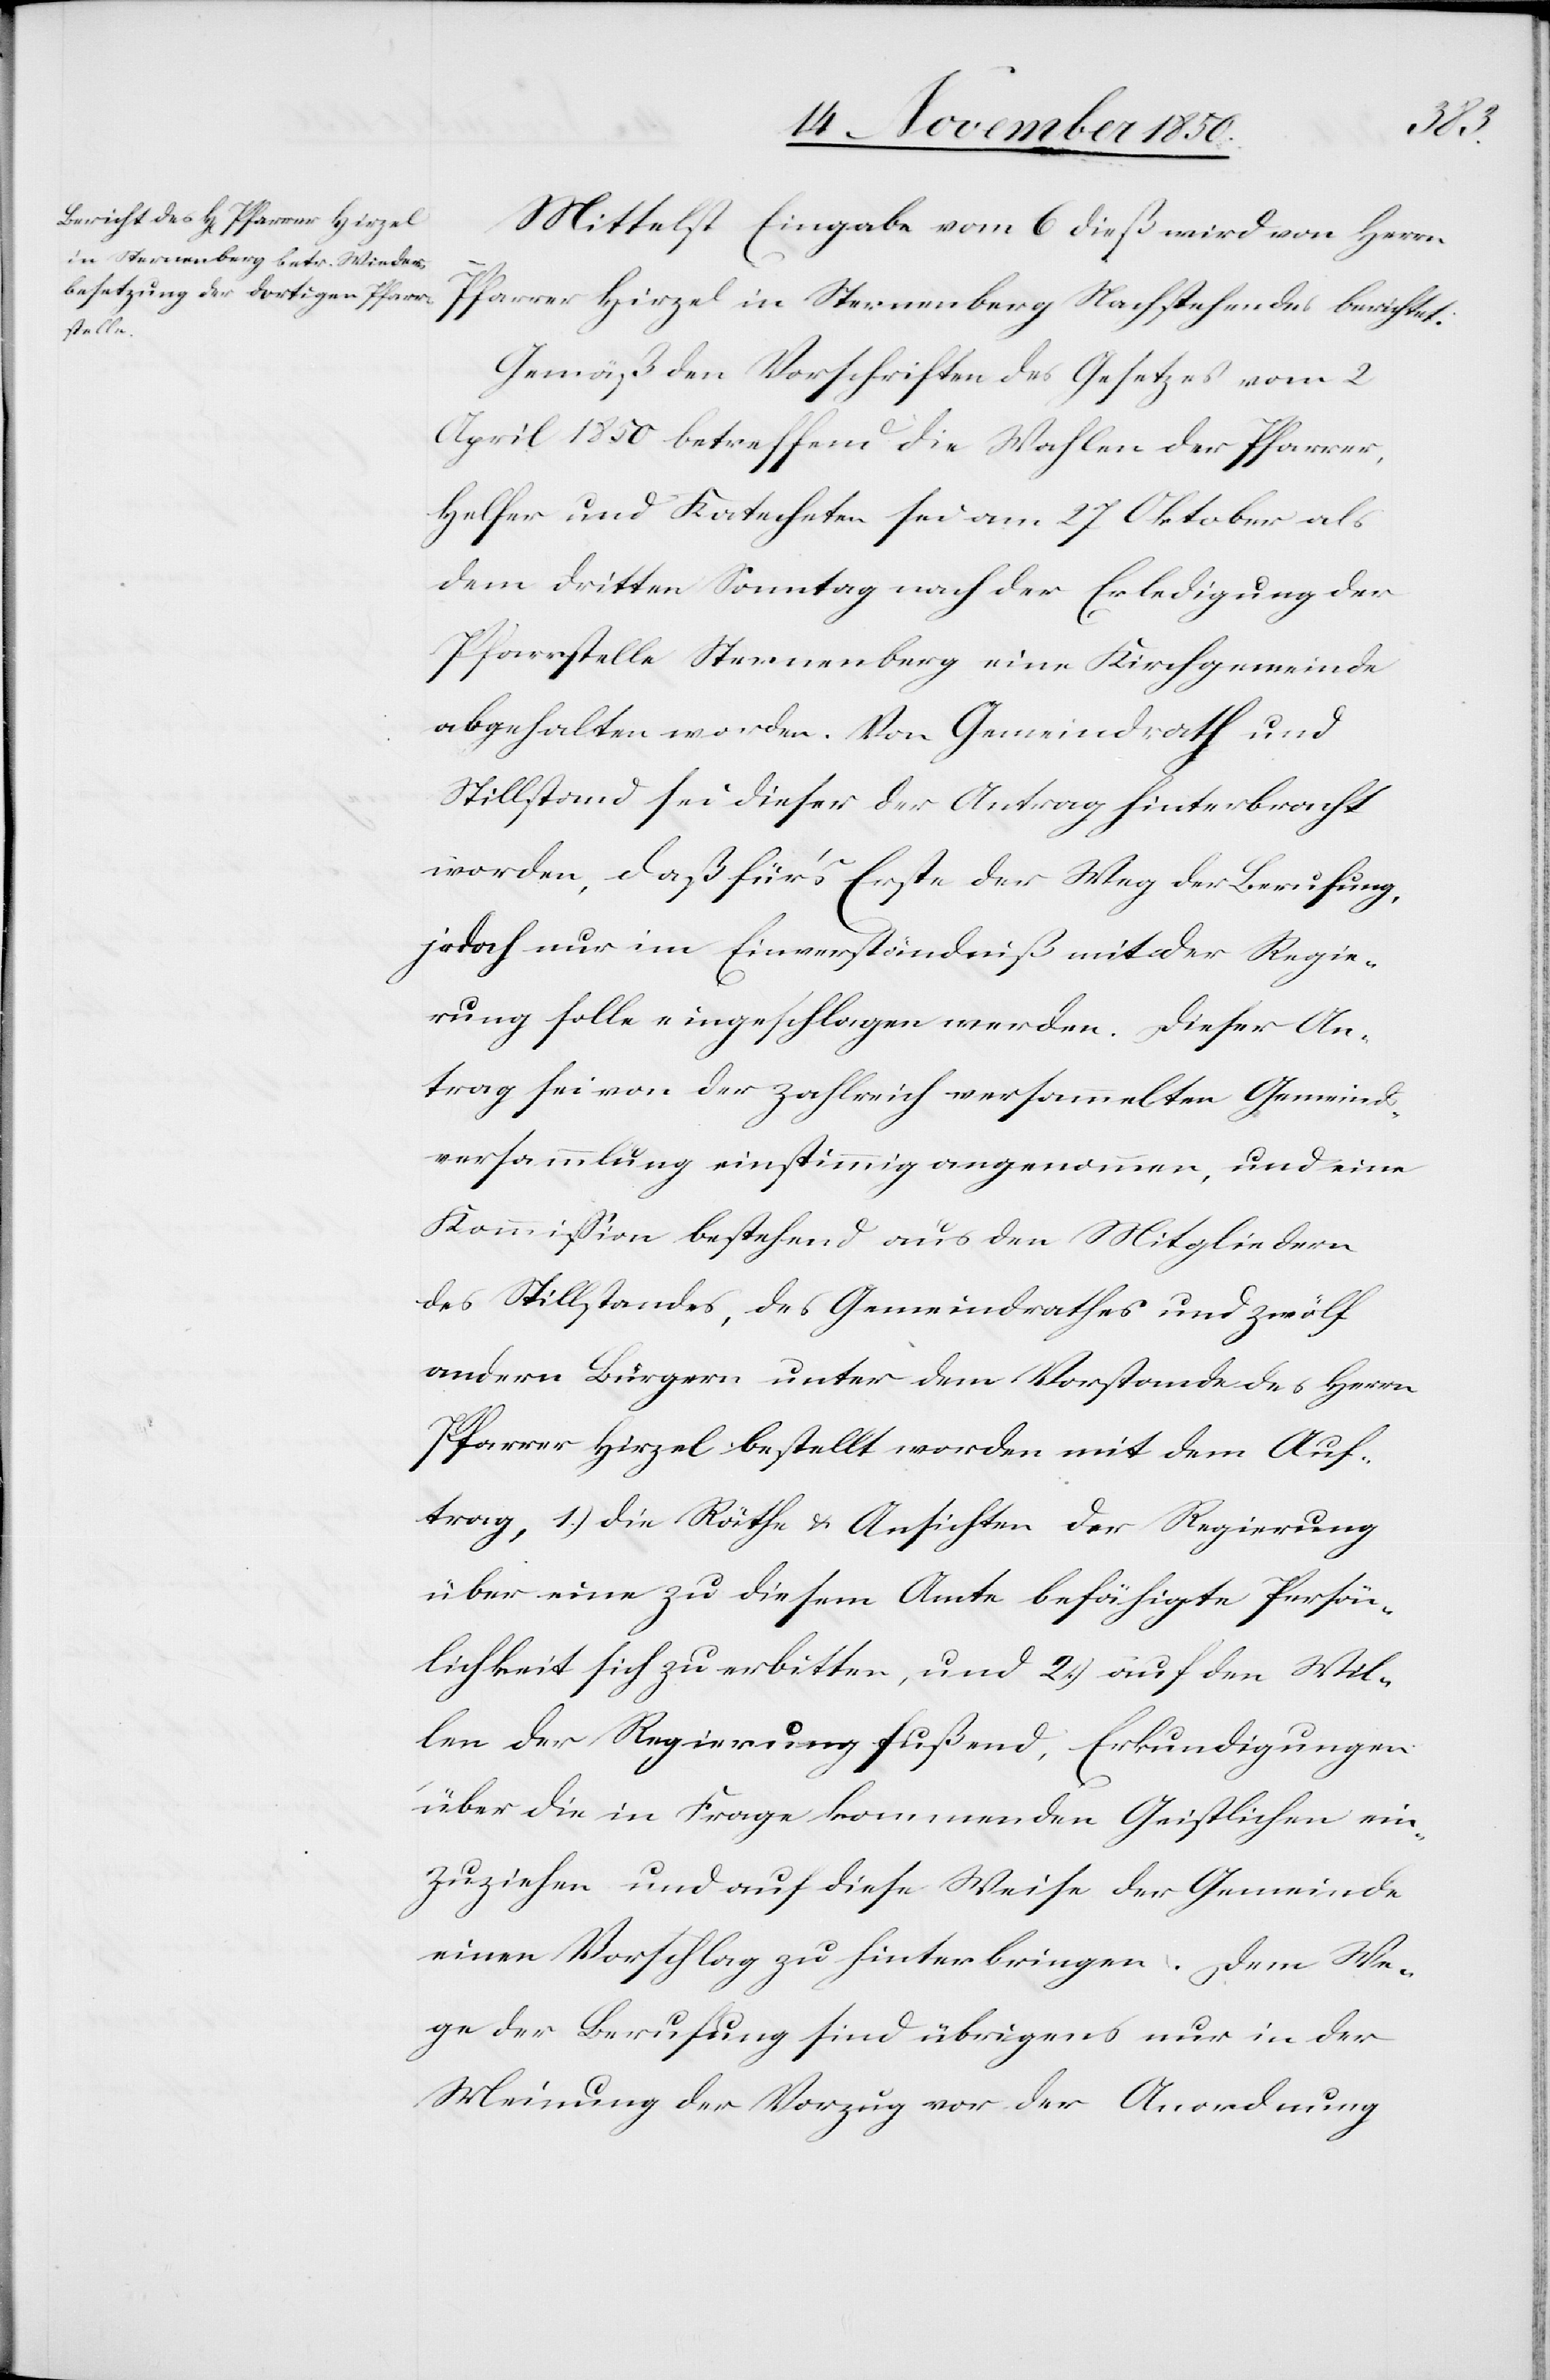
in der
Mittelst Eingabe vom 6 dieß wird von Herrn
Pfarrer Hirzel in Sternenberg Nachstehendes berichtet:
Gemäß den Vorschriften des Gesetzes vom 2
April 1850 betreffend die Wahlen der Pfarrer,
Helfer und Katecheten sei am 27 Oktober als
dem dritten Sonntag nach der Erledigung der
Pfarrstelle Sternenberg eine Kirchgemeinde
abgehalten worden. Von Gemeindrath und
Stillstand sei dieser der Antrag hinterbracht
worden, daß für’s Erste der Weg der Berufung,
jedoch nur im Einverständniß mit der Regie¬
rung solle eingeschlagen werden. Dieser An¬
trag sei von der zahlreich versammelten Gemeinds¬
versammlung einstimmig angenommen, und eine
Kommission bestehend aus den Mitgliedern
des Stillstandes, des Gemeindrathes und zwölf
andern Bürgern unter dem Vorstande des Herrn
Pfarrer Hirzel bestellt worden mit dem Auf¬
trag, 1.) die Räthe u. Ansichten der Regierung
über eine zu diesem Amte befähigte Persön¬
lichkeit sich zu erbitten, und 2.) auf den Wil¬
len der Regierung fußend, Erkundigungen
über die in Frage kommenden Geistlichen ein¬
zuziehen und auf diese Weise der Gemeinde
einen Vorschlag zu hinterbringen. Dem We¬
Meinung der Vorzug vor der Anordnung